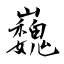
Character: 巍